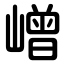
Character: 嶒